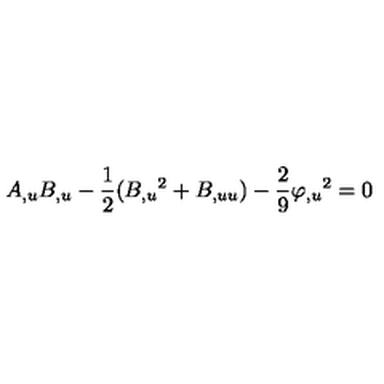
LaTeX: A _ { , u } B _ { , u } - \frac { 1 } { 2 } ( B _ { , u } { } ^ { 2 } + B _ { , u u } ) - \frac { 2 } { 9 } \varphi _ { , u } { } ^ { 2 } = 0